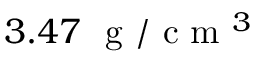
3 . 4 7 ~ \mathrm { ~ g ~ } / \mathrm { ~ c ~ m ~ } ^ { 3 }